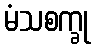
မံသစက္ခု